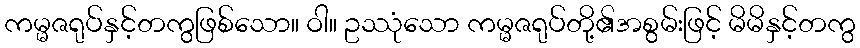
ကမ္မဇရုပ်နှင့်တကွဖြစ်သော။ ဝါ။ ဥဿုံသော ကမ္မဇရုပ်တို့၏အစွမ်းဖြင့် မိမိနှင့်တကွ